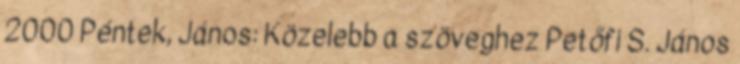
2000 Péntek, János: Közelebb a szöveghez Petőfi S. János